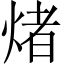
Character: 𤌄